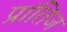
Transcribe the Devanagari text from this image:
प्रांतिज